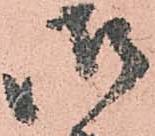
御